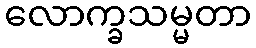
လောက္ခသမ္မတာ